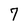
Character: 7